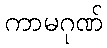
ကာမဂုဏ်